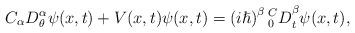
LaTeX: \begin{align*}{C}_{\alpha}{D}^{\alpha}_{\theta}\psi(x,t)+ V(x,t)\psi(x,t)=\left(i\hslash\right)^{\beta}{{}_0^CD}_t^{\beta{}}\psi(x,t),\end{align*}